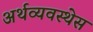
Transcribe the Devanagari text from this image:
अर्थव्यवस्थेस